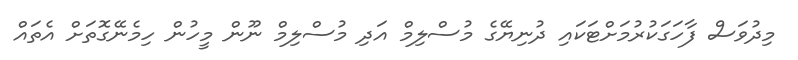
މިދުވަސް ފާހަގަކުރުމަށްޓަކައި ދުނިޔޭގެ މުސްލިމް އަދި މުސްލިމް ނޫން މީހުން ހިމެނޭގޮތަށް އެތައް